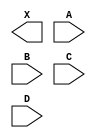
module sky130_fd_sc_hd__and4 (
    X,
    A,
    B,
    C,
    D
);

    output X;
    input  A;
    input  B;
    input  C;
    input  D;

    // Voltage supply signals
    supply1 VPWR;
    supply0 VGND;
    supply1 VPB ;
    supply0 VNB ;

endmodule